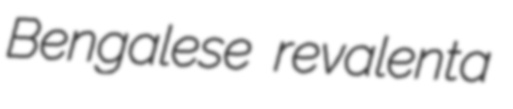
Bengalese revalenta